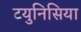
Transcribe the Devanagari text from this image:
टयुनिसिया